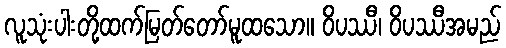
လူသုံးပါးတို့ထက်မြတ်တော်မူထသော။ ဝိပဿီ၊ ဝိပဿီအမည်